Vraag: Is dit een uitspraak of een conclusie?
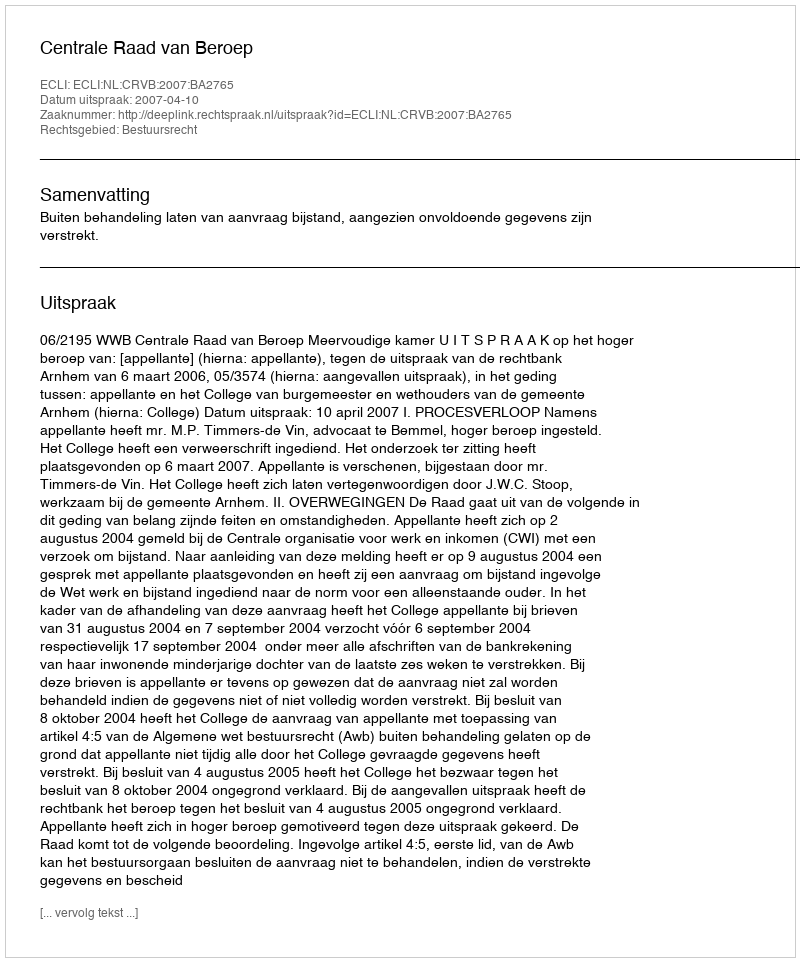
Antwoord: Uitspraak